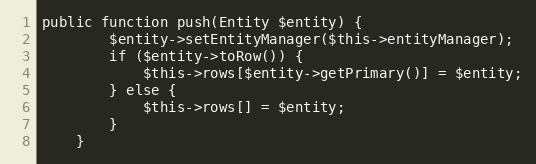
Language: PHP
public function push(Entity $entity) {
		$entity->setEntityManager($this->entityManager);
		if ($entity->toRow()) {
			$this->rows[$entity->getPrimary()] = $entity;
		} else {
			$this->rows[] = $entity;
		}
	}